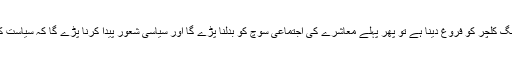
اگر سیاست سے مذہب اور برادری کی بنیاد پر ووٹنگ کا کلچر ختم کر کے اہلیت کی بنیاد پر ووٹنگ کلچر کو فروغ دینا ہے تو پھر پہلے معاشرے کی اجتماعی سوچ کو بدلنا پڑے گا اور سیاسی شعور پیدا کرنا پڑے گا کہ سیاست کو کسی عقیدے، برادری اور زات پات کی ضرورت نہیں کیونکہ سیاست بذات خود ایک عقیدہ ہے۔